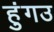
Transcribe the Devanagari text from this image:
हुंगउ